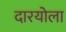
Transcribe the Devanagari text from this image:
दारयोला